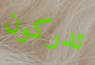
تدركون